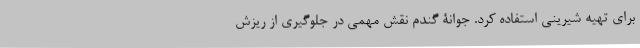
برای تهیه شیرینی استفاده کرد. جوانۀ گندم نقش مهمی در جلوگیری از ریزش